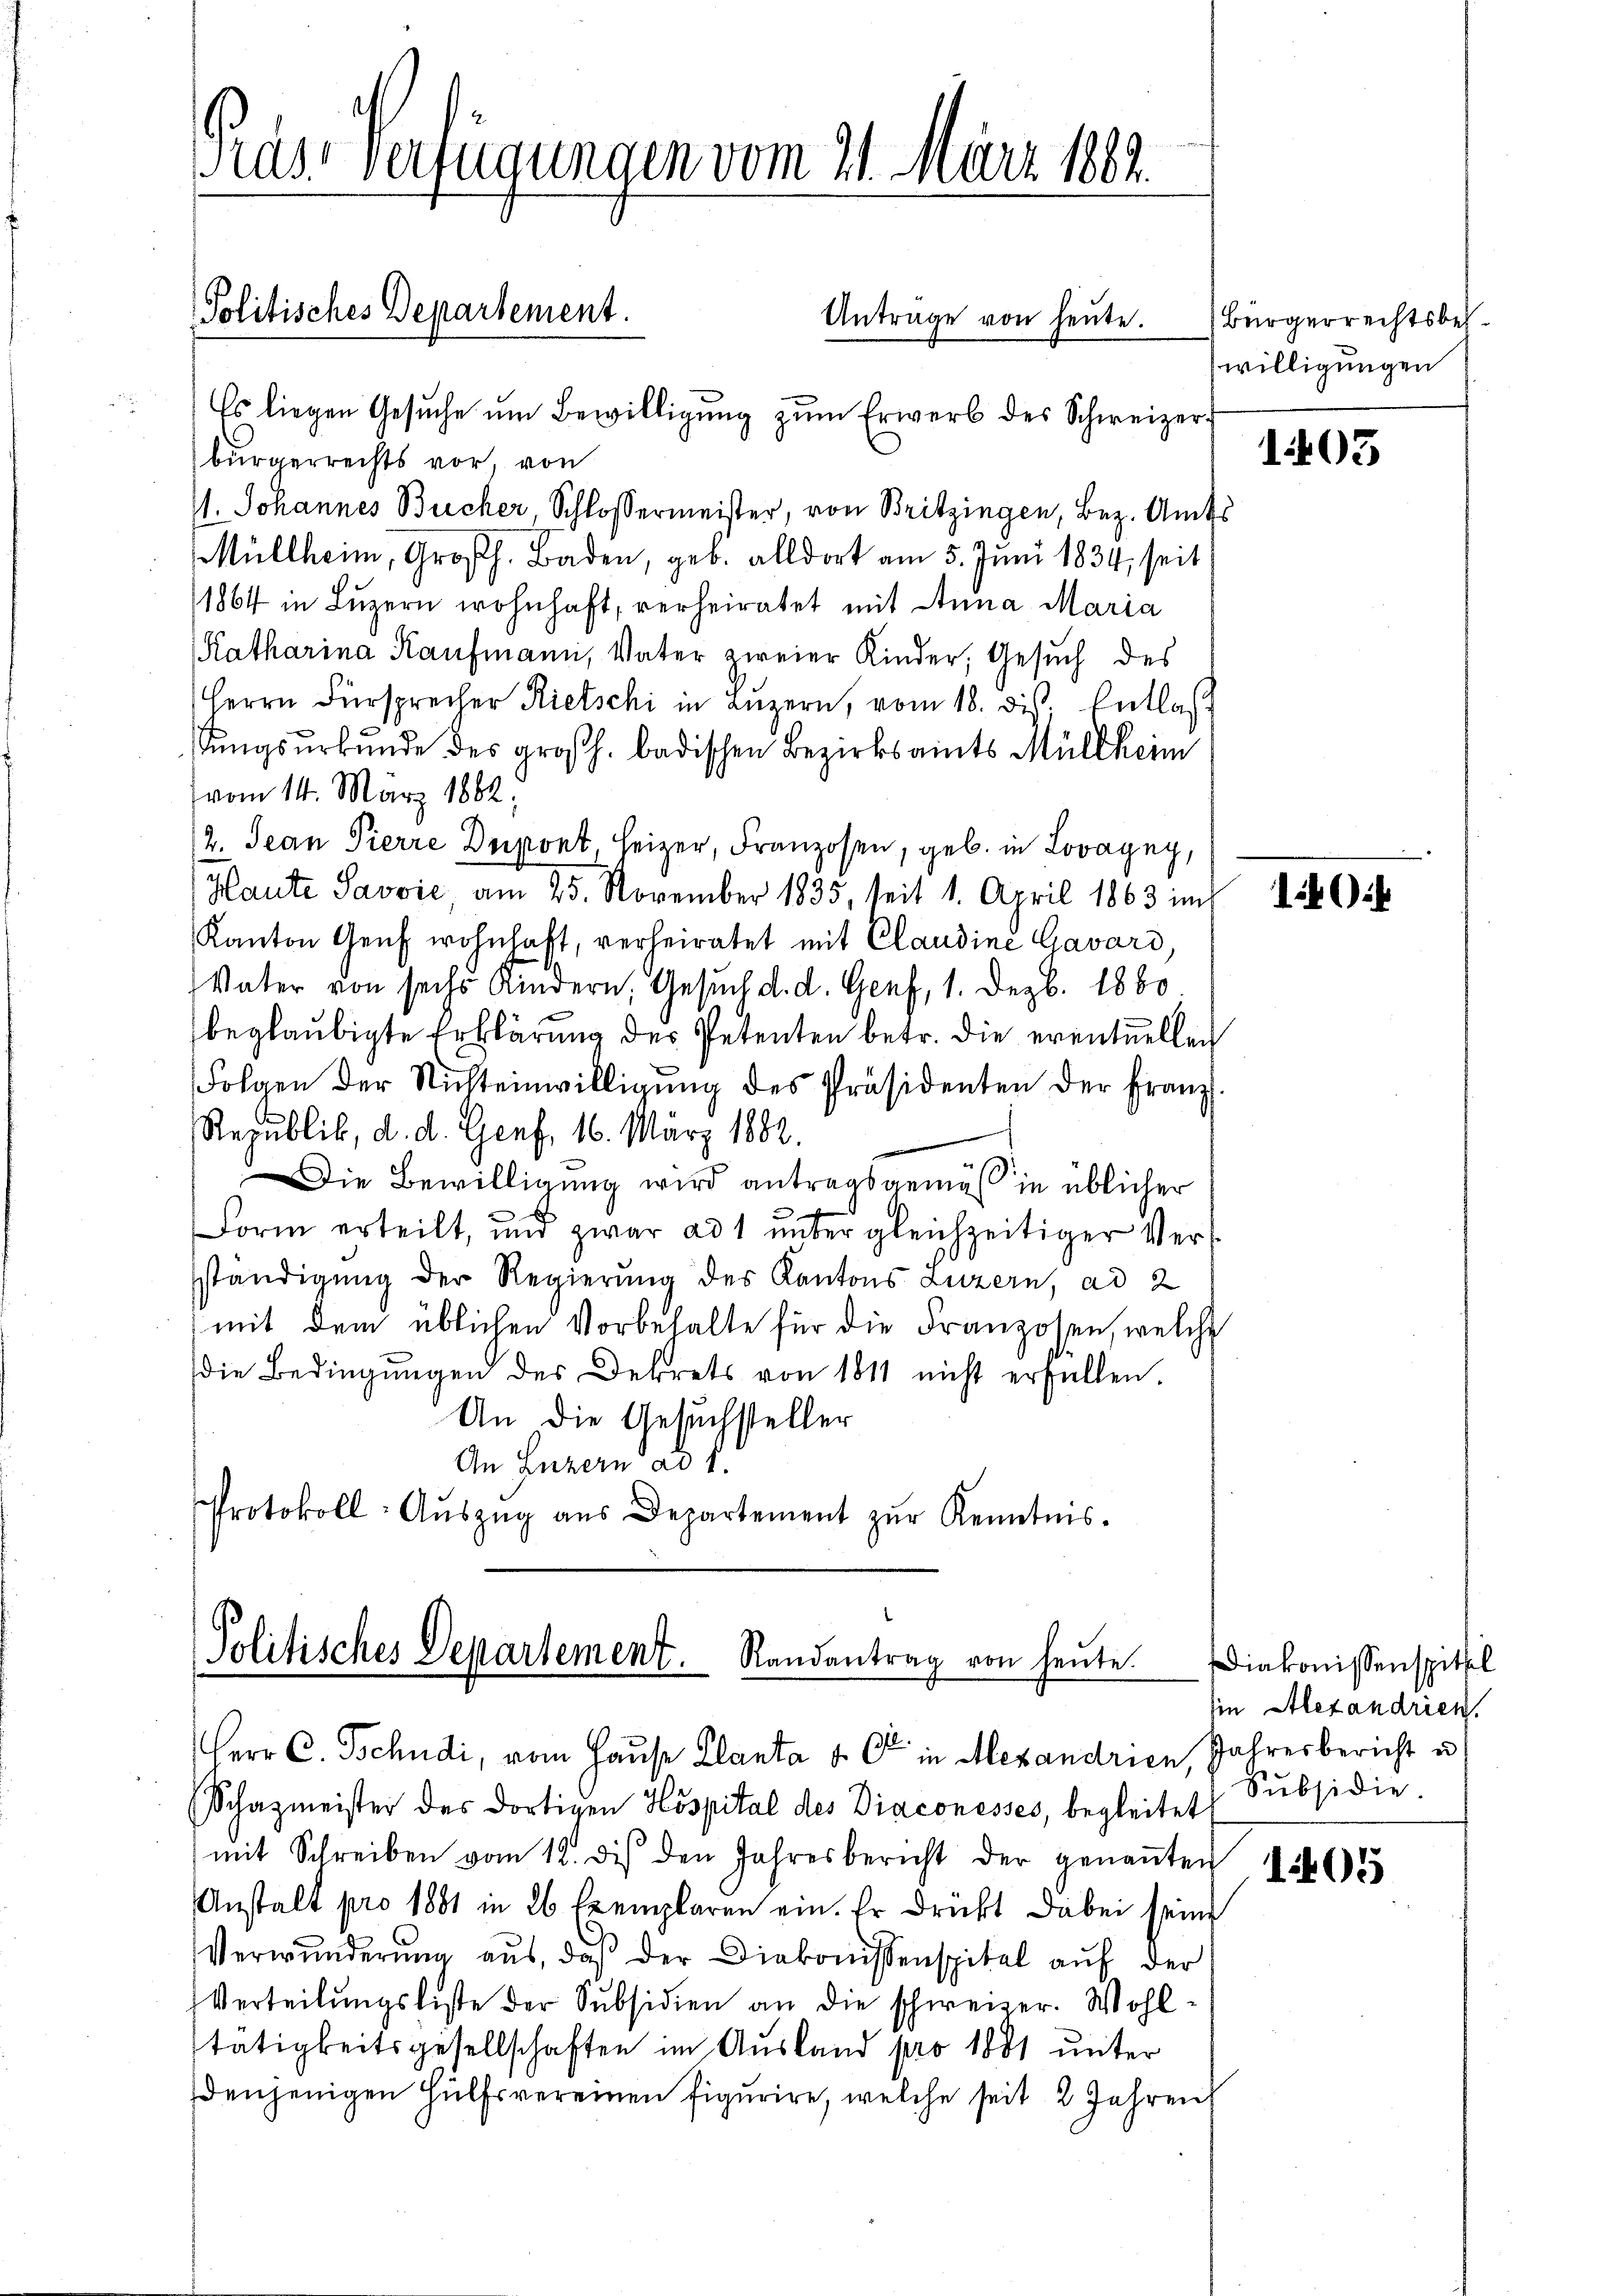
Pras Verfügungen vom 21. März 1882.

Politisches Departement.

Antrage von heute.

Es liegen Gesŭche ŭm Bewilligŭng zŭm Erwerb des Schweizerbürgerrechts vor, von
1. Johannes Bucher, Schlossermeister, von Britzingen, Bez. Amts
Müllheim, Großh. Baden, geb. alldort am 5. Juni 1834, seit
1864 in Lŭzern wohnhaft, verheiratet mit Anna Maria
Katharina Kaufmann, Vater zweier Kinder, Gesuch des
Herrn Fürsprecher Rietschi in Lŭzern, vom 18. ds. Entlas
stungsurkunde des großh. badischen Bezirksamts Müllheim
vom 14. März 1882.
/2. Jean Pierre Depont, Heizer, Franzosen, geb. in Lovayny,
Haute Savvić am 25. November 1835, seit 1. April 1863 inh
Kanton Genf wohnhaft, verheiratet mit Claudine Gavard,
Vater von sechs Kindern, Gesuch d. d. Genf, 1. Dezb. 1880
beglaubigte Erklärung des Petenten betr. die eventuelleich
Folgen der Nichteinwilligŭng des Präsidenten der Franz
Republik, d. d. Genf, 16. März 1882.
Die Bewilligung wird antragsgemäß in üblicher
¬
Form erteilt, und zwar ad 1 ŭnter gleichzeitiger Verständigung der Regierung des Kantons Luzern, ad 2
mit dem üblichen Vorbehalte für die Franzosen, welche
die Bedingŭngen des Dekrets von 1811 nicht erfüllen.
An die Gesuchsteller
An Luzern ad 1.
Protokoll- Aŭszŭg aŭs Departement zŭr Kenntnis.

Politisches Departement. Randantrag von heute.

Herr C. Tschudi, vom Hause Planta u. C in Alexandrien, Jahresbericht u.
(Schazmeister des dortigen Hospital des Diaconesses, begleitet
mit Schreiben vom 12. des den Jahresbericht der genaṅten
Anstalt pro 1881 in 26 Exemplaren ein. Er drückt dabei seine
Verwunderung aus, daß der Diakonissenspitel auf der
Verteilungsliste der Subsidien an die schweizer. Wohltätigkeitsgesellschaften im Ausland pro 1881 unter
denjenigen Hülfsvereinen figurire, welche seit 2 Jahren

Bürgerrechtsbes.
willigungen

1403

Diakonissenspittel
sin Alexandrien.
Subsidie.

1405